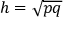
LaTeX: h = { \sqrt { p q } }